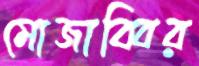
মোজাব্বির